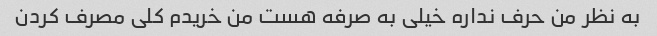
به نظر من حرف نداره خیلی به صرفه هست من خریدم کلی مصرف کردن